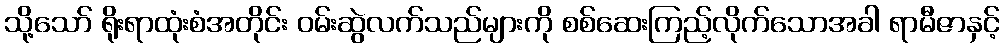
သို့သော် ရိုးရာထုံးစံအတိုင်း ဝမ်းဆွဲလက်သည်များကို စစ်ဆေးကြည့်လိုက်သောအခါ ရာမီဇာနှင့်